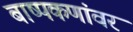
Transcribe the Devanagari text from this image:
बाष्पकणांवर